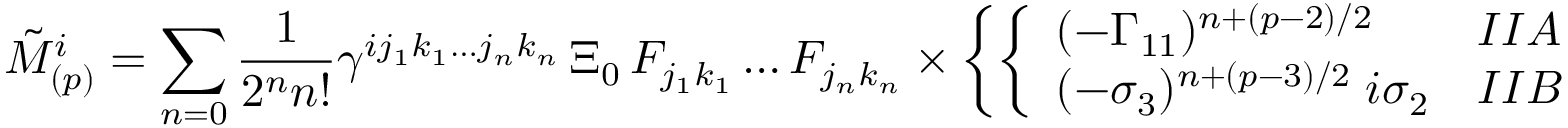
\tilde { M } _ { ( p ) } ^ { i } = \sum _ { n = 0 } { \frac { 1 } { 2 ^ { n } n ! } } \gamma ^ { i j _ { 1 } k _ { 1 } \dots j _ { n } k _ { n } } \, \Xi _ { 0 } \, { \cal F } _ { j _ { 1 } k _ { 1 } } \dots { \cal F } _ { j _ { n } k _ { n } } \times \left\{ \left\{ \begin{array} { l l } { { ( - \Gamma _ { 1 1 } ) ^ { n + ( p - 2 ) / 2 } } } & { { I I A } } \\ { { ( - \sigma _ { 3 } ) ^ { n + ( p - 3 ) / 2 } \; i \sigma _ { 2 } } } & { { I I B } } \end{array} \right. \right.